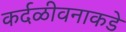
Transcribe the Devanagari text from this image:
कर्दळीवनाकडे